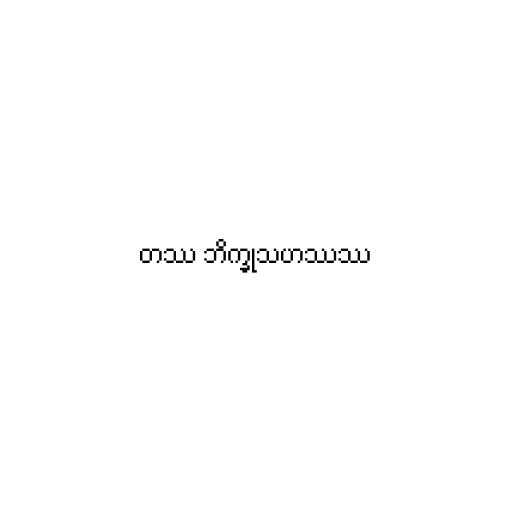
တဿ ဘိက္ခုသဟဿဿ